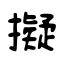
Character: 擬